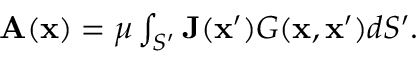
\begin{array} { r } { \mathbf { A } ( \mathbf { x } ) = \mu \int _ { S ^ { \prime } } \mathbf { J } ( \mathbf { x } ^ { \prime } ) G ( \mathbf { x } , \mathbf { x } ^ { \prime } ) d S ^ { \prime } . } \end{array}